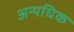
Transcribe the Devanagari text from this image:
अन्यधिक